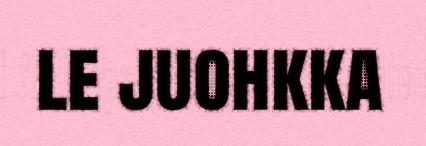
le juohkka